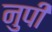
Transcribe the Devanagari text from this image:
नुपी